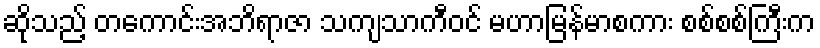
ဆိုသည့် တကောင်းအဘိရာဇာ သကျသာကီဝင် မဟာမြန်မာစကား စစ်စစ်ကြီးက